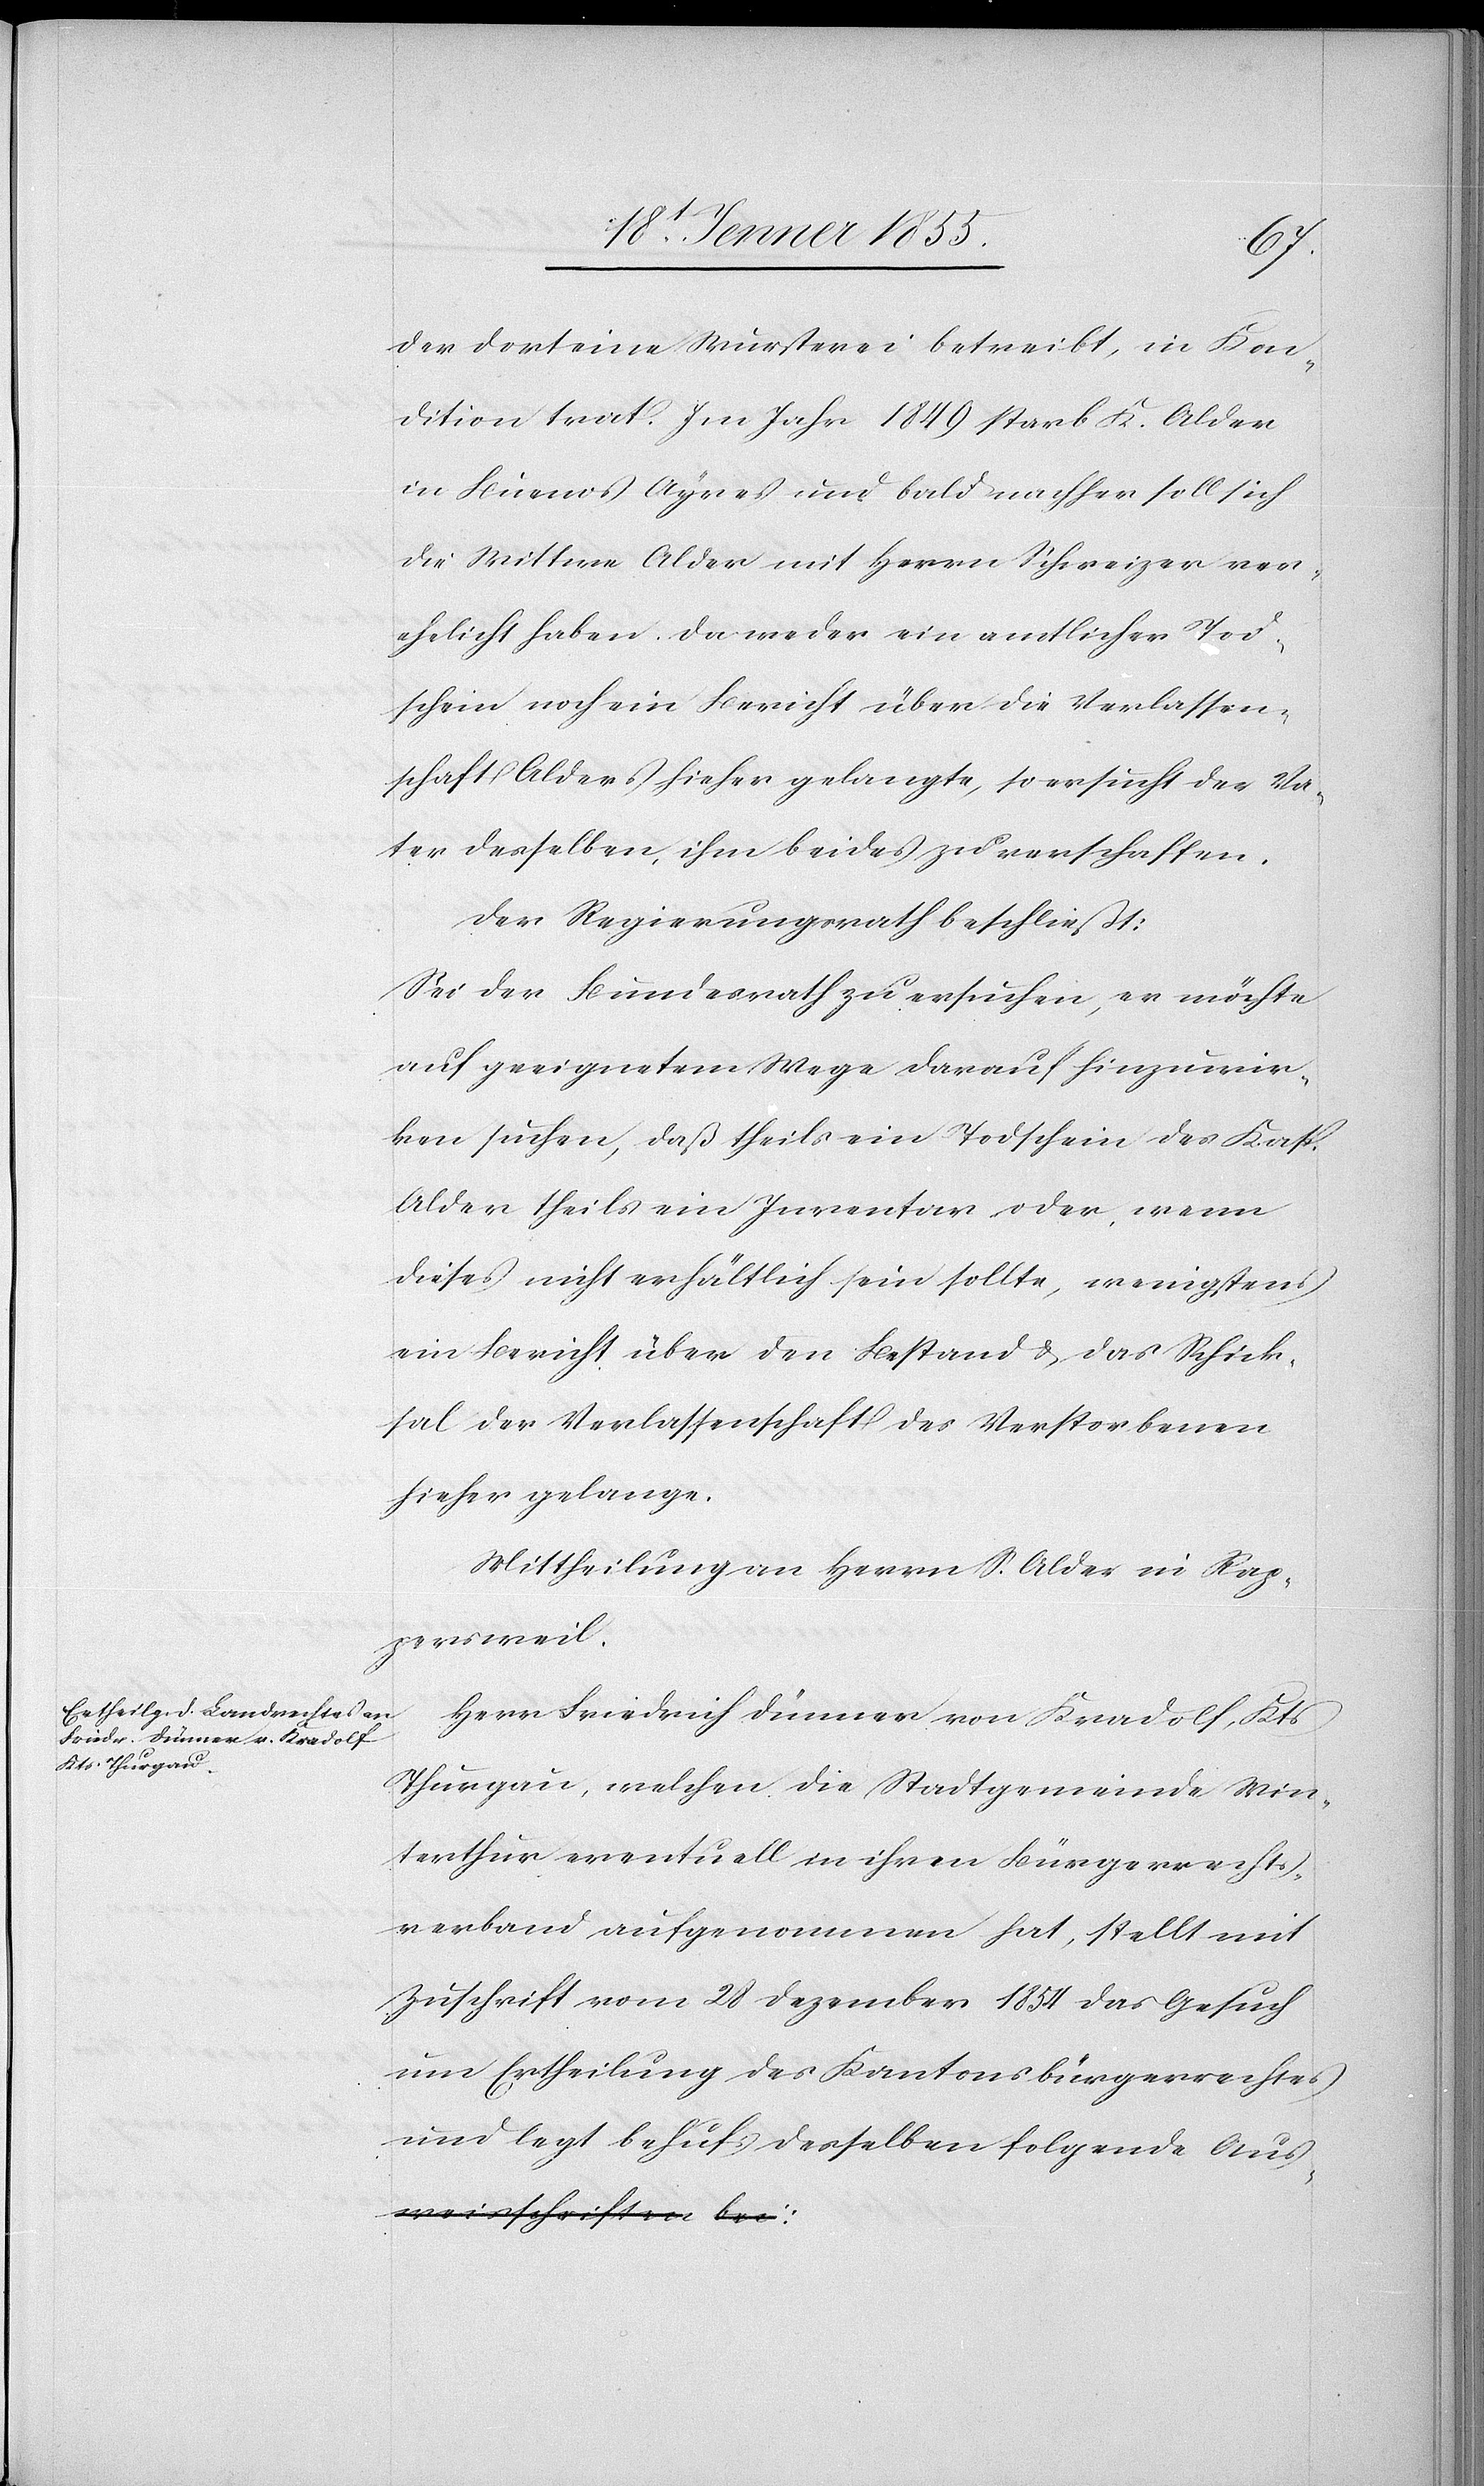
der dort eine Wursterei betreibt, in Kon¬
dition trat. Im Jahr 1849 starb K. Alder
in Buenos Ayres und bald nachher soll sich
die Wittwe Alder mit Herrn Schweizer ver¬
ehelicht haben. Da weder ein amtlicher Tod¬
schein noch ein Bericht über die Verlassen¬
schaft Alders hieher gelangte, so ersucht der Va¬
ter desselben, ihm beides zu verschaffen.
Der Regierungsrath beschließt:
Sei der Bundesrath zu ersuchen, er möchte
auf geeignetem Wege darauf hinzuwir¬
ken suchen, daß theils ein Todschein des Kasp.
Alder theils ein Inventar oder, wenn
dieses nicht erhältlich sein sollte, wenigstens
ein Bericht über den Bestand & das Schick¬
sal der Verlassenschaft des Verstorbenen
hieher gelange.
Mittheilung an Herrn S. Alder in Rap¬
persweil.
Herr Friedrich Dünner von Kradolf, Kts.
Thurgau, welchen die Stadtgemeinde Win¬
terthur eventuell in ihren Bürgerrechts¬
verband aufgenommen hat, stellt mit
Zuschrift vom 28 Dezember 1854 das Gesuch
um Ertheilung des Kantonsbürgerrechtes
und legt behufs desselben folgende Aus-